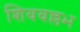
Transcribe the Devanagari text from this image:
शिववल्लभ